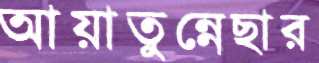
আয়াতুন্নেছার